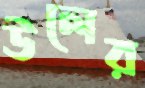
উলের